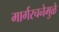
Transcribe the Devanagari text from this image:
मार्गरचनेमुळे